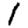
Digit: 1